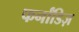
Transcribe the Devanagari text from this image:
फर्नांडिज़